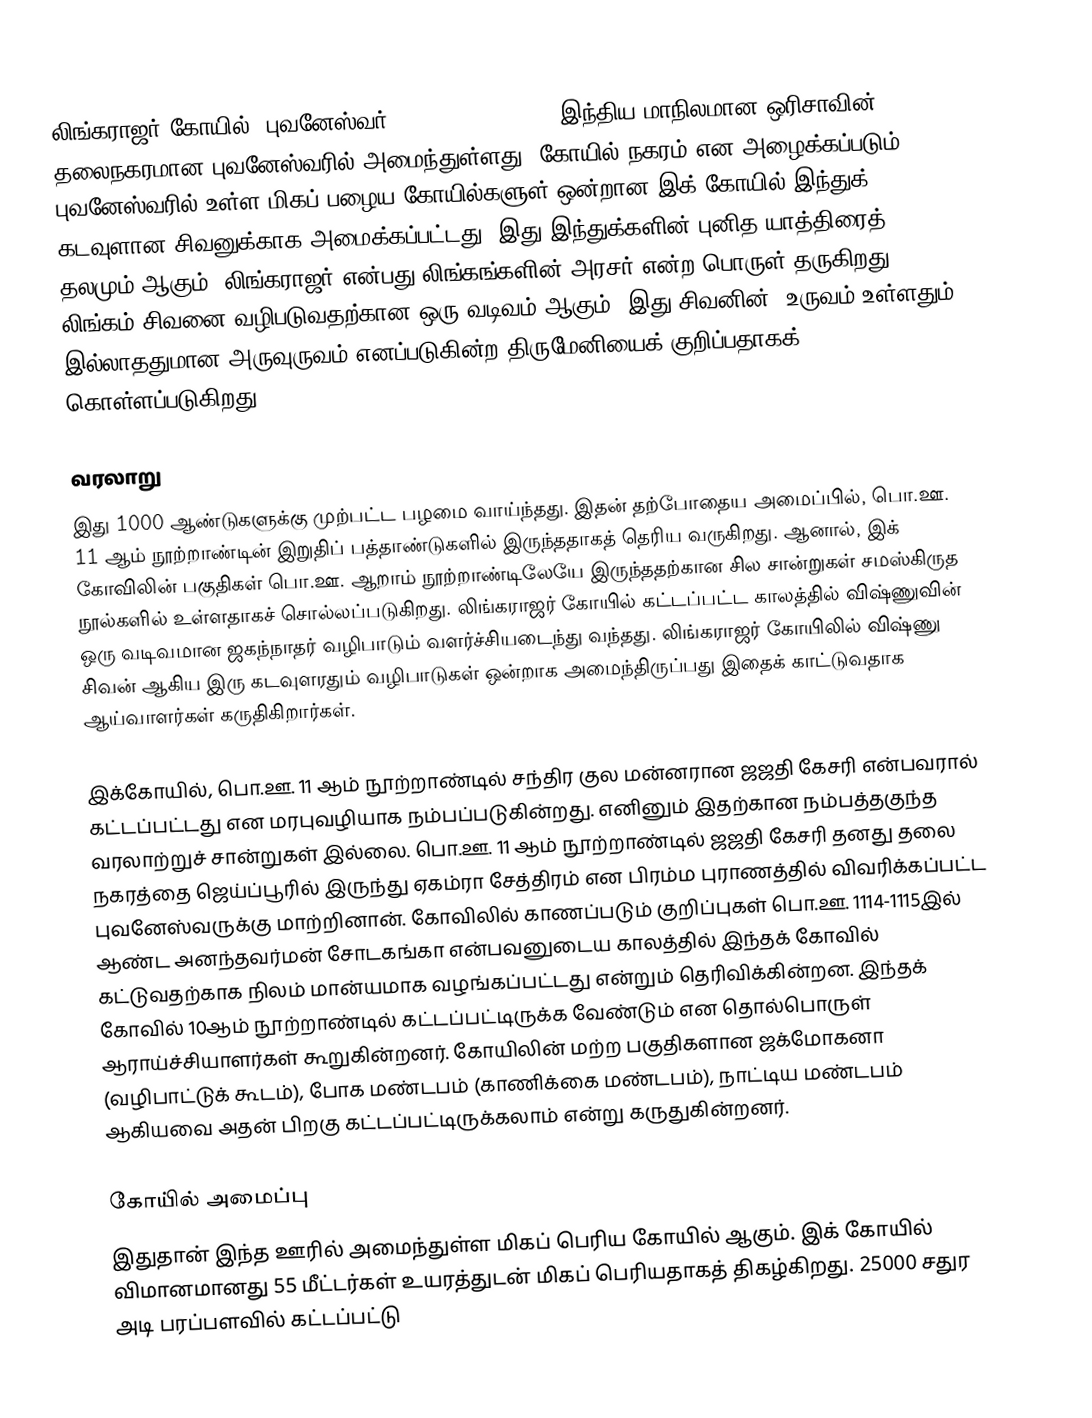
லிங்கராஜர் கோயில், புவனேஸ்வர் (Lingaraja Temple) இந்திய மாநிலமான ஒரிசாவின் தலைநகரமான புவனேஸ்வரில் அமைந்துள்ளது. கோயில் நகரம் என அழைக்கப்படும் புவனேஸ்வரில் உள்ள மிகப் பழைய கோயில்களுள் ஒன்றான இக் கோயில் இந்துக் கடவுளான சிவனுக்காக அமைக்கப்பட்டது. இது இந்துக்களின் புனித யாத்திரைத் தலமும் ஆகும்.  லிங்கராஜர் என்பது லிங்கங்களின் அரசர் என்ற பொருள் தருகிறது. லிங்கம் சிவனை வழிபடுவதற்கான ஒரு வடிவம் ஆகும். இது சிவனின், உருவம் உள்ளதும் இல்லாததுமான அருவுருவம் எனப்படுகின்ற திருமேனியைக் குறிப்பதாகக் கொள்ளப்படுகிறது.

வரலாறு
இது 1000 ஆண்டுகளுக்கு முற்பட்ட பழமை வாய்ந்தது. இதன் தற்போதைய அமைப்பில், பொ.ஊ. 11 ஆம் நூற்றாண்டின் இறுதிப் பத்தாண்டுகளில் இருந்ததாகத் தெரிய வருகிறது. ஆனால், இக் கோவிலின் பகுதிகள் பொ.ஊ. ஆறாம் நூற்றாண்டிலேயே இருந்ததற்கான சில சான்றுகள் சமஸ்கிருத நூல்களில் உள்ளதாகச் சொல்லப்படுகிறது. லிங்கராஜர் கோயில் கட்டப்பட்ட காலத்தில் விஷ்ணுவின் ஒரு வடிவமான ஜகந்நாதர் வழிபாடும் வளர்ச்சியடைந்து வந்தது. லிங்கராஜர் கோயிலில் விஷ்ணு சிவன் ஆகிய இரு கடவுளரதும் வழிபாடுகள் ஒன்றாக அமைந்திருப்பது இதைக் காட்டுவதாக ஆய்வாளர்கள் கருதிகிறார்கள்.

இக்கோயில், பொ.ஊ. 11 ஆம் நூற்றாண்டில் சந்திர குல மன்னரான ஜஜதி கேசரி என்பவரால் கட்டப்பட்டது என மரபுவழியாக நம்பப்படுகின்றது. எனினும் இதற்கான நம்பத்தகுந்த வரலாற்றுச் சான்றுகள் இல்லை. பொ.ஊ. 11 ஆம் நூற்றாண்டில் ஜஜதி கேசரி தனது தலை நகரத்தை ஜெய்ப்பூரில் இருந்து ஏகம்ரா சேத்திரம் என பிரம்ம புராணத்தில் விவரிக்கப்பட்ட புவனேஸ்வருக்கு மாற்றினான். கோவிலில் காணப்படும் குறிப்புகள் பொ.ஊ. 1114-1115இல் ஆண்ட அனந்தவர்மன் சோடகங்கா என்பவனுடைய காலத்தில் இந்தக் கோவில் கட்டுவதற்காக நிலம் மான்யமாக வழங்கப்பட்டது என்றும் தெரிவிக்கின்றன. இந்தக் கோவில் 10ஆம் நூற்றாண்டில் கட்டப்பட்டிருக்க வேண்டும் என தொல்பொருள் ஆராய்ச்சியாளர்கள் கூறுகின்றனர். கோயிலின் மற்ற பகுதிகளான ஜக்மோகனா (வழிபாட்டுக் கூடம்), போக மண்டபம் (காணிக்கை மண்டபம்), நாட்டிய மண்டபம் ஆகியவை அதன் பிறகு கட்டப்பட்டிருக்கலாம் என்று கருதுகின்றனர்.

கோயி்ல் அமைப்பு
இதுதான் இந்த ஊரில் அமைந்துள்ள மிகப் பெரிய கோயில் ஆகும். இக் கோயில் விமானமானது 55 மீட்டர்கள் உயரத்துடன் மிகப் பெரியதாகத் திகழ்கிறது. 25000 சதுர அடி பரப்பளவில் கட்டப்பட்டு